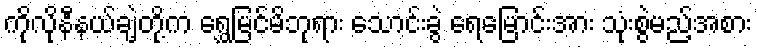
ကိုလိုနီနယ်ချဲ့တို့က ရွှေမြင်မိဘုရား သောင်းခွဲ ရေမြောင်းအား သုံးစွဲမည့်အစား